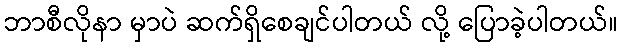
ဘာစီလိုနာ မှာပဲ ဆက်ရှိစေချင်ပါတယ် လို့ ပြောခဲ့ပါတယ်။